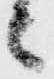
々